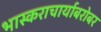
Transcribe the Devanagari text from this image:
भास्कराचार्याबरोबर